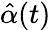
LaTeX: {\hat{\alpha}}(t)